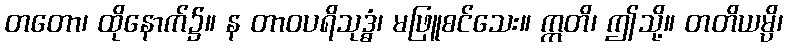
တတော၊ ထိုနောက်၌။ န တာဝပရိသုဒ္ဓံ၊ မဖြူစင်သေး။ ဣတိ၊ ဤသို့။ တတိယမ္ပိ၊